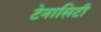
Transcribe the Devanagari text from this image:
टेनासिटी